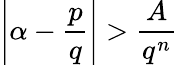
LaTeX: \left|\alpha-{\frac{p}{q}}\right|>{\frac{A}{q^{n}}}